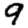
Digit: 9